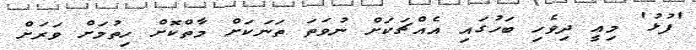
'ފުޅު' މިއީ ދިވެހި ބަހުގައި އެއްޗަކަށް ނުވަތަ ތަނަކަށް މާތްކޮށް ހިތުމަށް ވަރަށް